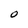
Character: O